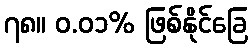
၇၈။ ၀.၀၁% ဖြစ်နိုင်ခြေ